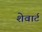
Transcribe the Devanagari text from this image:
शेवार्ट